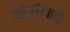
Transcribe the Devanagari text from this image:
बोर्मनने